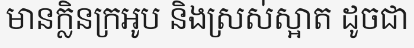
មានក្លិនក្រអូប និងស្រស់ស្អាត ដូចជា